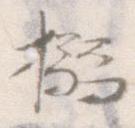
搦